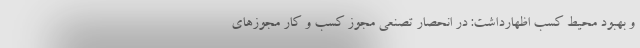
و بهبود محیط کسب اظهارداشت: در انحصار تصنعی مجوز کسب و کار مجوزهای